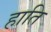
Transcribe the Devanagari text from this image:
हाति